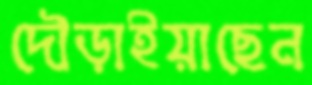
দৌড়াইয়াছেন